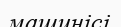
машинісі